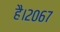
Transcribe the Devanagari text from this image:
है।२०६७